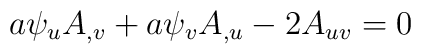
a\psi_{u} A_{,v}+a \psi_{v} A_{,u}-2 A_{uv}=0